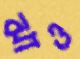
ঝাও